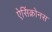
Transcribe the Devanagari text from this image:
ऐसिंक्रोनस